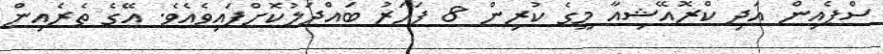
ސްޕެއިން އަދި ކްރޮއޭޝިއާ މީގެ ކުރިން 8 ފަހަރު ބައްދަލުކޮށްފައިވެއެވެ. އޭގެ ތެރެއިން